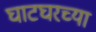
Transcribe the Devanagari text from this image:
घाटघरच्या